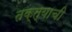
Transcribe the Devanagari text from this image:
तक्त्याची